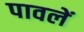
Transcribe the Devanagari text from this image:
पावलें